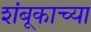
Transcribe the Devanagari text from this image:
शंबूकाच्या